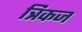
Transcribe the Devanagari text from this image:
त्रिकज